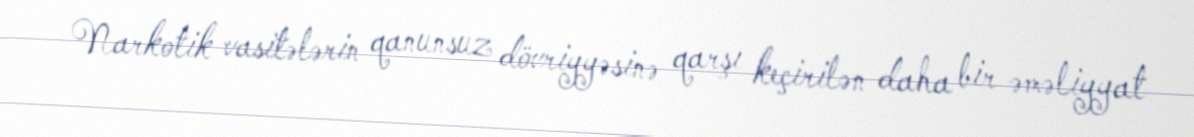
Narkotik vasitələrin qanunsuz dövriyyəsinə qarşı keçirilən daha bir əməliyyat